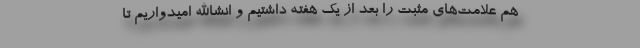
هم علامت‌های مثبت را بعد از یک هفته داشتیم و انشاالله امیدواریم تا